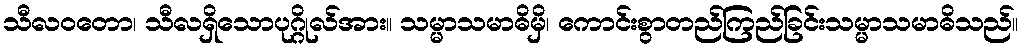
သီလဝတော၊ သီလရှိသောပုဂ္ဂိုလ်အား။ သမ္မာသမာဓိမှိ၊ ကောင်းစွာတည်ကြည်ခြင်းသမ္မာသမာဓိသည်။